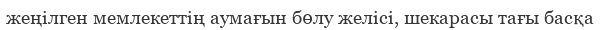
жеңілген мемлекеттің аумағын бөлу желісі, шекарасы тағы басқа